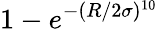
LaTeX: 1-e^{-(R/2\sigma)^{10}}